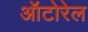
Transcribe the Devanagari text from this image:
ऑटोरेल